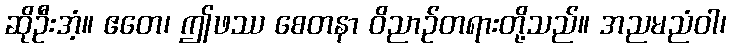
ဆိုဦးအံ့။ ဧတေ၊ ဤဖဿ စေတနာ ဝိညာဉ်တရားတို့သည်။ အညမညံဝါ၊